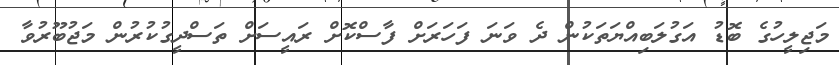
މަޖިލީހުގެ ބޮޑު އަގުލަބިއްޔަތަކުން ދެ ވަނަ ފަހަރަށް ފާސްކޮށް ރައީސަށް ތަސްދީގުކުރުން މަޖުބޫރުވާ